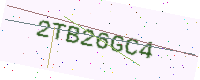
Text: 2TB26GC4